Preparation of a safe and efficient antirabic vaccine - Number 44
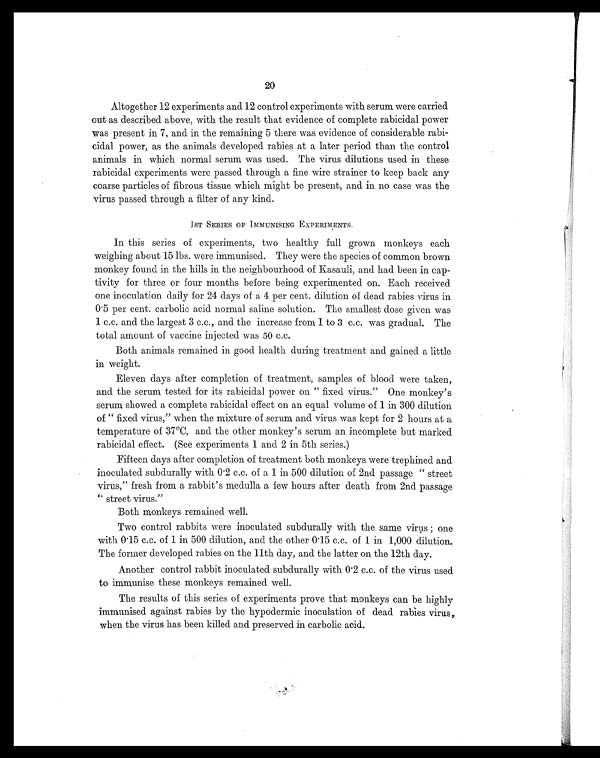
20
Altogether 12 experiments and 12 control experiments with serum were carried
out as described above, with the result that evidence of complete rabicidal power
was present in 7, and in the remaining 5 there was evidence of considerable rabi-
cidal power, as the animals developed rabies at a later period than the control
animals in which normal serum was used. The virus dilutions used in these
rabicidal experiments were passed through a fine wire strainer to keep back any
coarse particles of fibrous tissue which might be present, and in no case was the
virus passed through a filter of any kind.
1ST SERIES OF IMMUNISING EXPERIMENTS.
In this series of experiments, two healthy full grown monkeys each
weighing about 15 lbs. were immunised. They were the species of common brown
monkey found in the hills in the neighbourhood of Kasauli, and had been in cap-
tivity for three or four months before being experimented on. Each received
one inoculation daily for 24 days of a 4 per cent. dilution of dead rabies virus in
0.5 per cent. carbolic acid normal saline solution. The smallest dose given was
1 c.c. and the largest 3 c.c., and the increase from 1 to 3 c.c. was gradual. The
total amount of vaccine injected was 50 c.c.
Both animals remained in good health during treatment and gained a little
in weight.
Eleven days after completion of treatment, samples of blood were taken,
and the serum tested for its rabicidal power on " fixed virus." One monkey's
serum showed a complete rabicidal effect on an equal volume of 1 in 300 dilution
of " fixed virus," when the mixture of serum and virus was kept for 2 hours at a
temperature of 37°C, and the other monkey's serum an incomplete but marked
rabicidal effect. (See experiments 1 and 2 in 5th series.)
Fifteen days after completion of treatment both monkeys were trephined and
inoculated subdurally with 0.2 c.c. of a 1 in 500 dilution of 2nd passage " street
virus," fresh from a rabbit's medulla a few hours after death from 2nd passage
" street virus."
Both monkeys remained well.
Two control rabbits were inoculated subdurally with the same virus ; one
with 0.15 c.c. of 1 in 500 dilution, and the other 0.15 c.c. of 1 in 1,000 dilution.
The former developed rabies on the 11th day, and the latter on the 12th day.
Another control rabbit inoculated subdurally with 0.2 c.c. of the virus used
to immunise these monkeys remained well.
The results of this series of experiments prove that monkeys can be highly
immunised against rabies by the hypodermic inoculation of dead. rabies virus,
when the virus has been killed and preserved in carbolic acid.